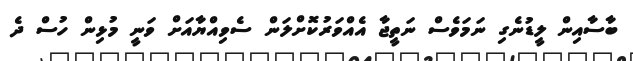
ބާސާއިން ލީޑުނެގި ނަމަވެސް ނަތީޖާ އެއްވަރުކޮށްލަން ސެވިއްޔާއަށް ވަނީ މުޅިން ހުސް ދެ